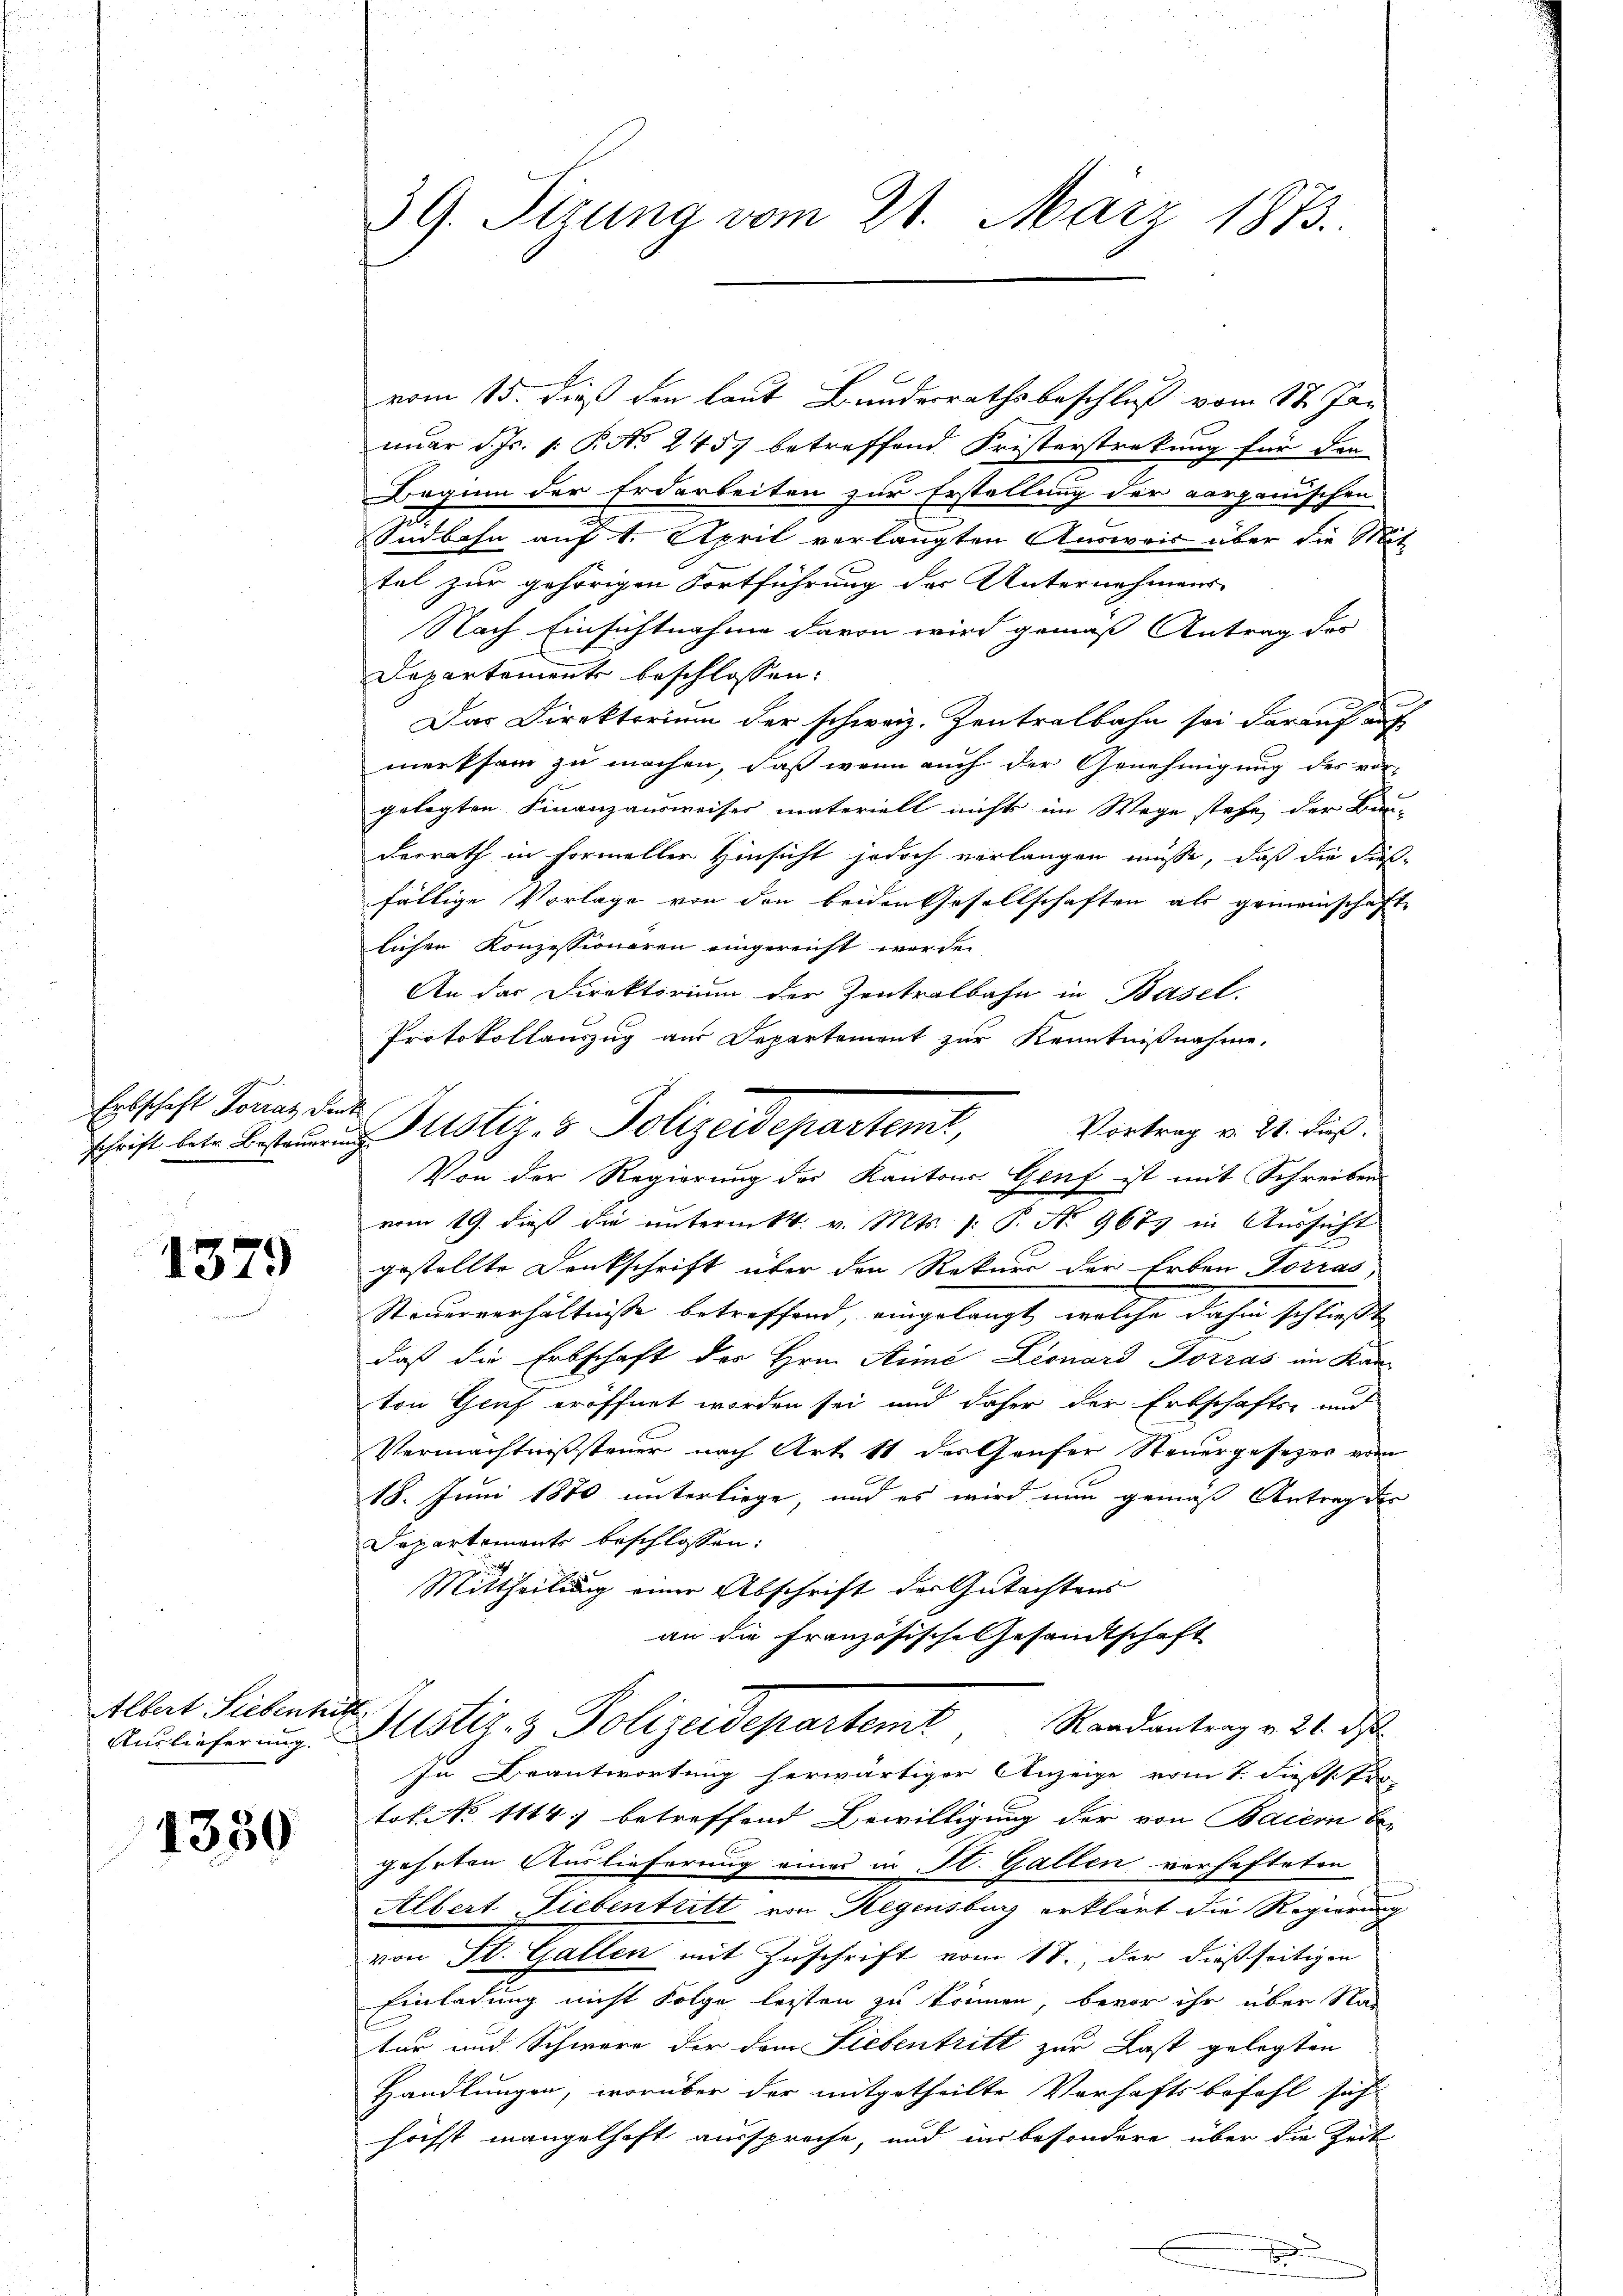
Erbschaft Forrat denk
schrift betr. Besteuerung

1379

Albert Siebenhitt
Auslieferung.

1330

39. Sitzung vom 21. März 1873.

vom 15. dieß den laut Bundesrathsbeschluß vom 17. Januar d. Js. 1. P. No 245 betreffend Fristerstrekung für den
Beginn der Erdarbeiten zur Erstellung der vorganischen
Südbahn auf 1. April verlangten Ausweis über die Mit-
tel zur gehörigen Fortführung der Unternehmens
Nach Einsichtnahme davon wird gemäß Antrag des
Departemente beschlossen:
Das Direktorium der schweiz. Zentralbahn sei darauf auf
merksam zu machen, daß wenn auch der Genehmigung des vor-
gelegten Finanzausweiser materiell nichts im Wege stehe, der Bun-
derrath in Formeller Hinsicht jedoch verlangen müsse, daß die Finsfällige Vorlage von den beiden Gesellschaften als gemeinschaft
lichen Konzessionären eingereicht werde.
An das Direktorium der Zentralbahn in Basel.
Protokollauszug aus Departemont zur Kenntnißnahme,
Justiz v. Polizeidepartent,
Vortrag v. 21. dieß,
Von der Regierung des Kantons Genf ist mit Schreiben
vom 19. dieß die unterm 14. v. Mts. (: P. No 9677 in Aussicht
gestellte Denkschrift über den Rekurs der Erben Torras
Steuerverhältnisse betreffend, eingelangt, welche dahin schließt
daß die Erbschaft der Hrn. Aimé Lionard Torras im Kan-
ton Genf eröffnet worden sei und daher der Erbschafts- und
Vermächtnissteuer nach Art. 11 des Gaufer Steuergesezes vom
18. Juni 1870 unterliege, und es wird nun gemäß Antrag des
Departements beschlossen:
Mittheilung einer Abschrift der Gutachtens
an die Französische Gesandtschaft

Justiz- & Polizeidepartemt Randantrag v. 21. ds
In Beantwortung herwärtiger Anzeige vom 1. dießstr

tok. No 1114) betreffend Bewilligung der von Baiern be
gehrten Auslieferung eines in St. Gallen verhafteten
Albert Liebentritt von Regensburg erklärt die Regierung
von St. Gallen mit Zuschrift vom 17. der dießseitigen
Einladung nicht Folge leisten zu können, bevor ihr über Na-
ter und Schwere der dem Liebentritt zur Last gelegten
Handlungen, worüber der mitgetheilte Verhaftsbefohl sich
höchst mangelhaft ausspreche, und ins besondere über die Zeit